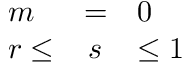
\begin{array} { l c l } { { m } } & { { = } } & { { 0 } } \\ { { r \leq } } & { { s } } & { { \leq 1 } } \end{array}